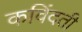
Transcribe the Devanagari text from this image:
कविंदती